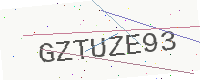
Text: GZTUZE93